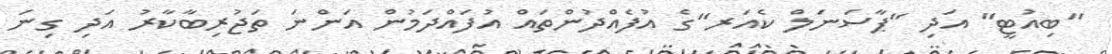
"ބިއުޓީ" އަދި "ޕާސަނަލް ކެއަރ"ގެ އުފެއްދުންތައް އުފައްދަމުން އަންނަ ތަޖުރިބާކާރު އަދި ގިނަ